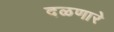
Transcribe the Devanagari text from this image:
दळणारे